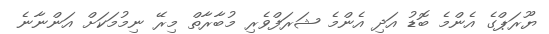
ޔޫރަޕްގެ އެންމެ ބޮޑު އަދި އެންމެ ޝަރަފްވެރި މުބާރާތް މިރޭ ނިމުމަކަށް އަންނާނެ